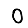
Digit: 0